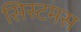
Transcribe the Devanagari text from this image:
सिस्टमस